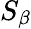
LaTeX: S_{\beta}